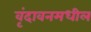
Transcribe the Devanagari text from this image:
वृंदावनमधील